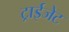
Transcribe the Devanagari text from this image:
ट्राईजेट